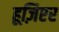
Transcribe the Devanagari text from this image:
हूज़िएर